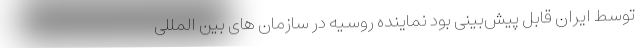
توسط ایران قابل پیش‌بینی بود نماینده روسیه در سازمان های بین المللی